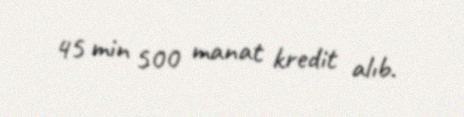
45 min 500 manat kredit alıb.